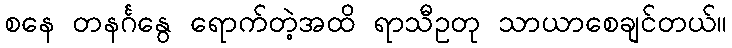
စနေ တနင်္ဂနွေ ရောက်တဲ့အထိ ရာသီဥတု သာယာစေချင်တယ်။